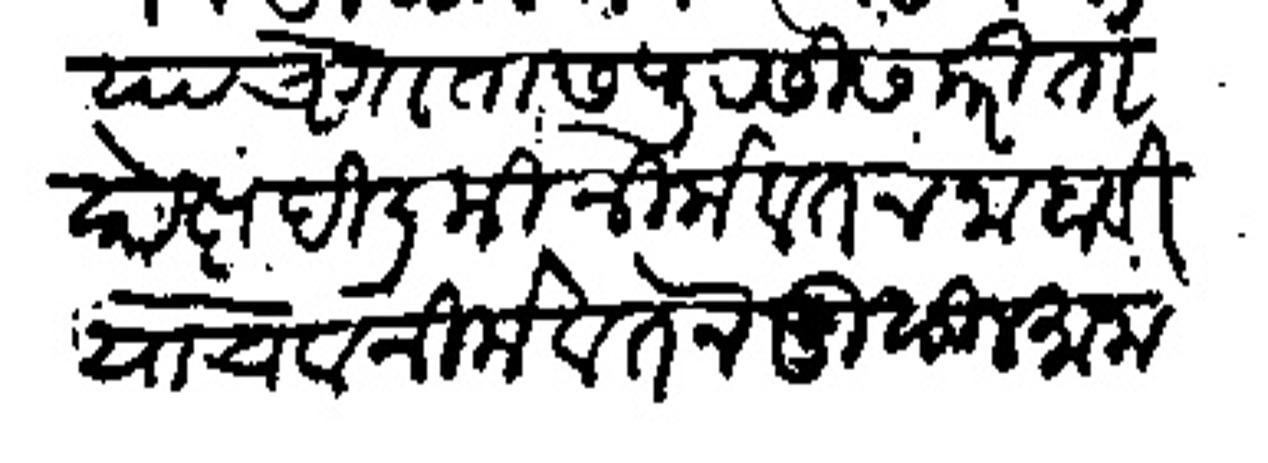
Transliteration (Devanagari): याचे गोतास पुरसीस करीता साक्ष दिली की नीमे वतन नाहवी याचे व नीमे वतन मुसुलमाना